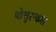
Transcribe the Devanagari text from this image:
थोत्तुरन्कल